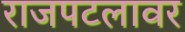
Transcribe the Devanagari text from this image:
राजपटलावर